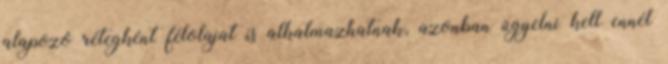
alapozó rétegként félolajat is alkalmazhatnak, azonban ügyelni kell ennél